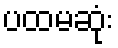
ပထမဆုံး